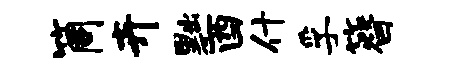
筒卉黜酉什孚簪